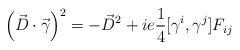
LaTeX: \begin{align*}\left(\vec{D}\cdot\vec{\gamma}\right)^2=-\vec{D}^2+ie{1\over 4}[\gamma^i, \gamma^j] F_{ij}\end{align*}